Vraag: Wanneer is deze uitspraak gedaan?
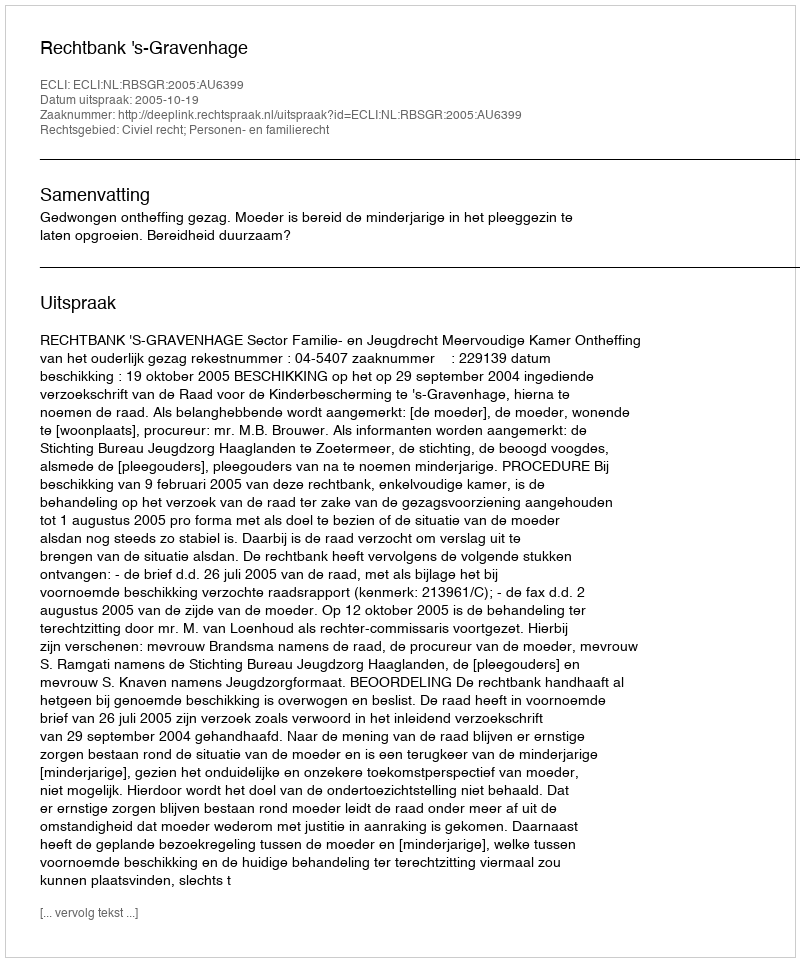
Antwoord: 2005-10-19